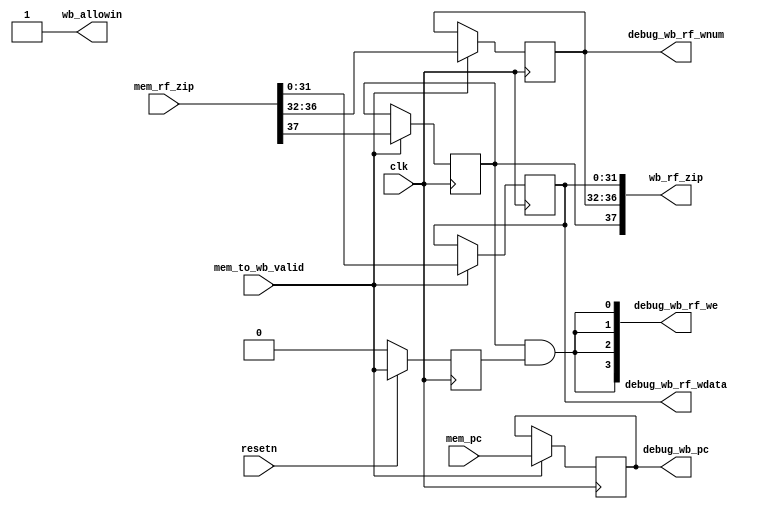
module WBreg(
    input  wire        clk,
    input  wire        resetn,
    // mem and wb state interface
    output wire        wb_allowin,
    input  wire [37:0] mem_rf_zip, // {mem_rf_we, mem_rf_waddr, mem_rf_wdata}
    input  wire        mem_to_wb_valid,
    input  wire [31:0] mem_pc,    
    // trace debug interface
    output wire [31:0] debug_wb_pc,
    output wire [ 3:0] debug_wb_rf_we,
    output wire [ 4:0] debug_wb_rf_wnum,
    output wire [31:0] debug_wb_rf_wdata,
    // id and wb state interface
    output wire [37:0] wb_rf_zip  // {rf_we, rf_waddr, rf_wdata}
);
    
wire        wb_ready_go;
reg         wb_valid;
reg  [31:0] wb_pc;
reg  [31:0] rf_wdata;
reg  [4 :0] rf_waddr;
reg         rf_we;


//------------------------------state control signal---------------------------------------
assign wb_ready_go      = 1'b1;
assign wb_allowin       = ~wb_valid | wb_ready_go ;     
always @(posedge clk) begin
    if(~resetn)
        wb_valid <= 1'b0;
    else
        wb_valid <= mem_to_wb_valid & wb_allowin; 
end


//------------------------------mem and wb state interface---------------------------------------
always @(posedge clk) begin
    if(mem_to_wb_valid)
        wb_pc <= mem_pc;
end
always @(posedge clk) begin
    if(mem_to_wb_valid)
        {rf_we, rf_waddr, rf_wdata} <= mem_rf_zip;
end


//------------------------------mem and wb state interface---------------------------------------


//------------------------------id and wb state interface---------------------------------------
assign wb_rf_zip = {rf_we, rf_waddr, rf_wdata};


//------------------------------trace debug interface---------------------------------------
assign debug_wb_pc = wb_pc;
assign debug_wb_rf_wdata = rf_wdata;
assign debug_wb_rf_we = {4{rf_we & wb_valid}};
assign debug_wb_rf_wnum = rf_waddr;


endmodule